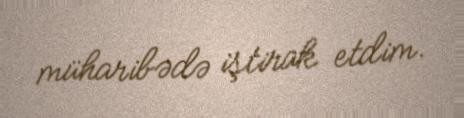
müharibədə iştirak etdim.